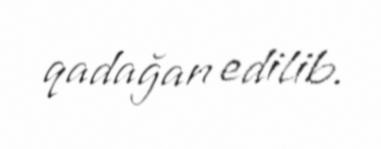
qadağan edilib.